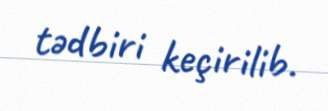
tədbiri keçirilib.